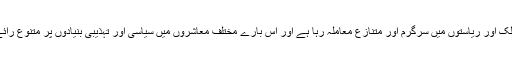
[1]یہ مختلف ممالک اور ریاستوں میں سرگرم اور متنازع معاملہ رہا ہے اور اس بارے مختلف معاشروں میں سیاسی اور تہذیبی بنیادوں پر متنوع رائے پائی جاتی ہے۔